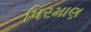
પિરમાણ